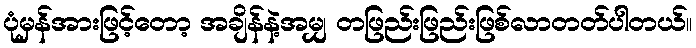
ပုံမှန်အားဖြင့်တော့ အချိန်နဲ့အမျှ တဖြည်းဖြည်းဖြစ်လာတတ်ပါတယ်။